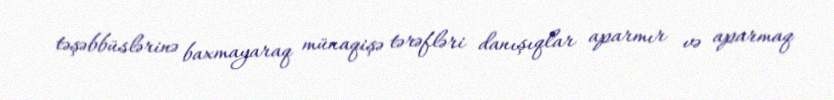
təşəbbüslərinə baxmayaraq münaqişə tərəfləri danışıqlar aparmır və aparmaq